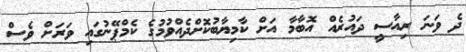
ދެ ވަނަ ރިއާސީ ދައުރެއް އޮބާމާ އަށް ކާމިޔާބުކޮށްދެއްވުމުގެ ކެމްޕޭނުގައި ވަރަށް ވެސް